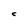
Character: C